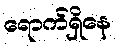
ရောက်ရှိနေ